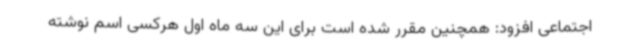
اجتماعی افزود: همچنین مقرر شده است برای این سه ماه اول هرکسی اسم نوشته